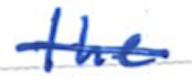
Text: the
Cross-out: single-line
Writing tool: ballpoint